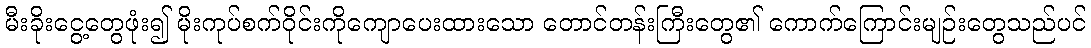
မီးခိုးငွေ့တွေဖုံး၍ မိုးကုပ်စက်ဝိုင်းကိုကျောပေးထားသော တောင်တန်းကြီးတွေ၏ ကောက်ကြောင်းမျဉ်းတွေသည်ပင်